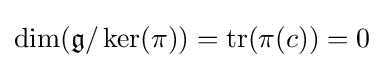
\dim({\mathfrak {g}}/\operatorname {ker} (\pi ))=\operatorname {tr} (\pi (c))=0